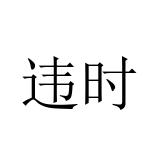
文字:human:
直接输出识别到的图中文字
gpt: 违时